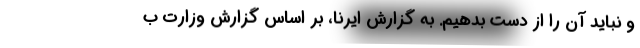
و نباید آن را از دست بدهیم. به گزارش ایرنا، بر اساس گزارش وزارت ب